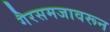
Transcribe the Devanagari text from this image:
गैरसमजावरून